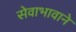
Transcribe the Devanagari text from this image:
सेवाभावाने